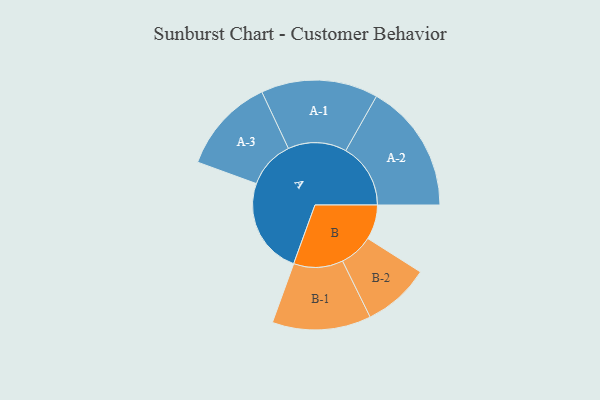
{"axis": {"x": "Segment", "y": "Value"}, "legend": ["", "A", "B"], "data": [{"x": "A", "y": 445, "type": ""}, {"x": "B", "y": 160, "type": ""}, {"x": "A-1", "y": 270, "type": "A"}, {"x": "A-2", "y": 299, "type": "A"}, {"x": "A-3", "y": 221, "type": "A"}, {"x": "B-1", "y": 228, "type": "B"}, {"x": "B-2", "y": 155, "type": "B"}]}